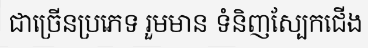
ជាច្រើនប្រភេទ រួមមាន ទំនិញស្បែកជើង